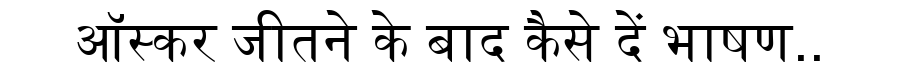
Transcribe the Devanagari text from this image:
ऑस्कर जीतने के बाद कैसे दें भाषण..